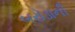
બરોડાની